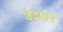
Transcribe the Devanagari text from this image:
वेदपान